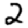
Digit: 2